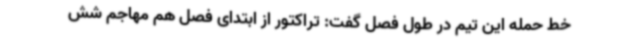
خط حمله این تیم در طول فصل گفت: تراکتور از ابتدای فصل هم مهاجم شش